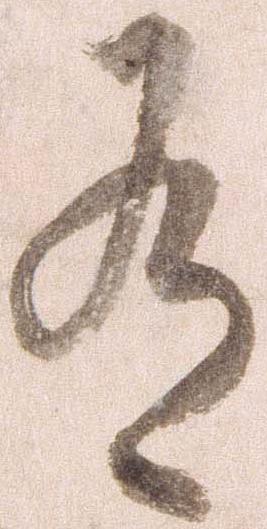
有